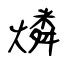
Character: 燐